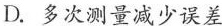
D.多次测量减少误差